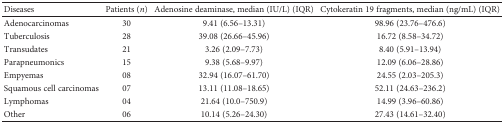
<table><thead><tr><td><b>Diseases</b></td><td><b>Patients (<i>n</i>)</b></td><td><b>Adenosine deaminase, median (IU/L) (IQR)</b></td><td><b>Cytokeratin 19 fragments, median (ng/mL) (IQR)</b></td></tr></thead><tbody><tr><td>Adenocarcinomas</td><td>30</td><td>9.41 (6.56–13.31)</td><td>98.96 (23.76–476.6)</td></tr><tr><td>Tuberculosis</td><td>28</td><td>39.08 (26.66–45.96)</td><td>16.72 (8.58–34.72)</td></tr><tr><td>Transudates</td><td>21</td><td>3.26 (2.09–7.73)</td><td>8.40 (5.91–13.94)</td></tr><tr><td>Parapneumonics</td><td>15</td><td>9.38 (5.68–9.97)</td><td>12.09 (6.06–28.86)</td></tr><tr><td>Empyemas</td><td>08</td><td>32.94 (16.07–61.70)</td><td>24.55 (2.03–205.3)</td></tr><tr><td>Squamous cell carcinomas</td><td>07</td><td>13.11 (11.08–18.65)</td><td>52.11 (24.63–236.2)</td></tr><tr><td>Lymphomas</td><td>04</td><td>21.64 (10.0–750.9)</td><td>14.99 (3.96–60.86)</td></tr><tr><td>Other</td><td>06</td><td>10.14 (5.26–24.30)</td><td>27.43 (14.61–32.40)</td></tr></tbody></table>